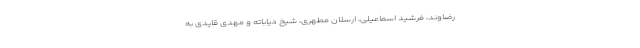
رضاوند، فرشید اسماعیلی، ارسلان مطهری، شیخ دیاباته و مهدی قایدی به